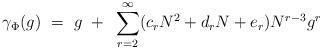
LaTeX: \begin{align*}\gamma_\Phi(g) ~=~ g ~+~ \sum_{r=2}^\infty (c_r N^2 + d_r N + e_r)N^{r-3} g^r\end{align*}